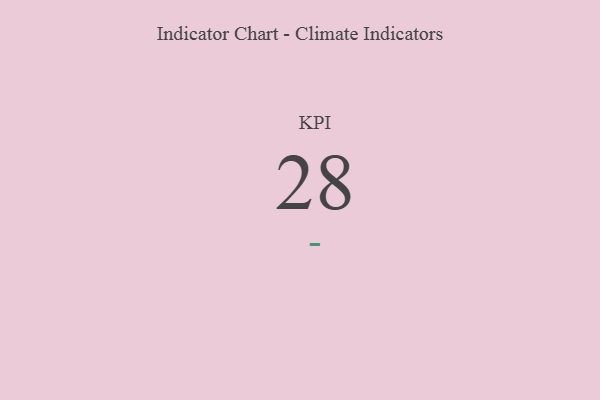
{"axis": {"x": "KPI", "y": "Value"}, "legend": [""], "data": [{"x": "KPI", "y": 28, "type": ""}]}